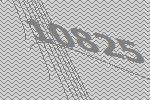
10825